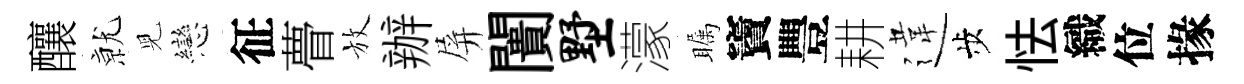
釀𭕒児戀征瞢放辦屏闠墅濛瞩竇豐耕違歩怯織位掾